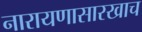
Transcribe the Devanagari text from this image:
नारायणासारखाच